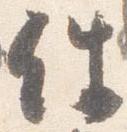
件